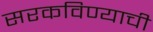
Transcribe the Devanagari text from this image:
सरकविण्याची